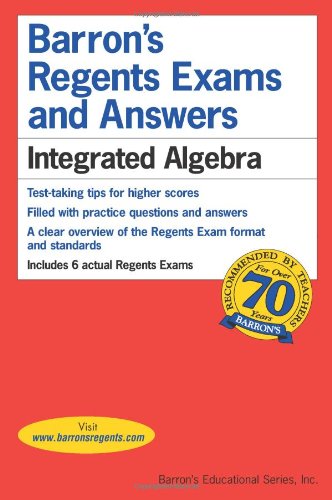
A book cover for Barron's Regents Exams and Answers: Integrated Algebra; Lawrence S. Leff M.S.; Test Preparation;